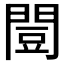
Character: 𫔡